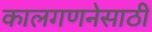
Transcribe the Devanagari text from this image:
कालगणनेसाठी